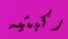
ركبتيه